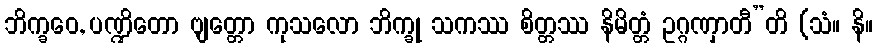
ဘိက္ခဝေ, ပဏ္ဍိတော ဗျတ္တော ကုသလော ဘိက္ခု သကဿ စိတ္တဿ နိမိတ္တံ ဥဂ္ဂဏှာတီ”တိ (သံ။ နိ။